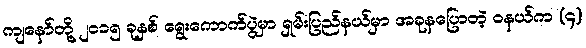
ကျနော်တို့ ၂၀၁၅ ခုနှစ် ရွေးကောက်ပွဲမှာ ရှမ်းပြည်နယ်မှာ အခုနပြောတဲ့ ဝနယ်က (၄)